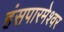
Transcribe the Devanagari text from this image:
हंसपारमेश्वर